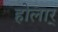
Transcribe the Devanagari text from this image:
होलार्